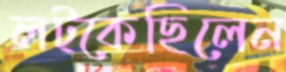
লট্‌কেছিলেন